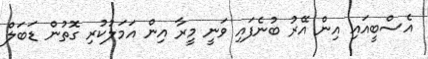
އެސްބީއައި އިން އޭރު ބުނެފައި ވަނީ މީރާ އިން އަމަލުކުރި ގޮތުން ޑަބަލް